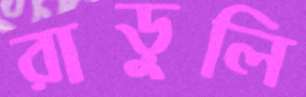
রাড়ুলি